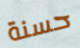
حسنة